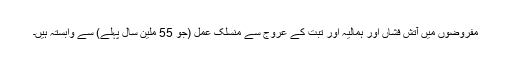
مفروضوں میں آتش فشاں اور ہمالیہ اور تبت کے عروج سے منسلک عمل (جو 55 ملین سال پہلے) سے وابستہ ہیں۔